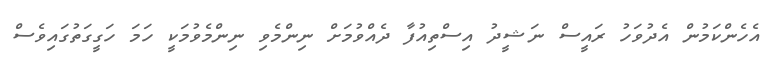
އެހެންކަމުން އެދުވަހު ރައީސް ނަޝީދު އިސްތިއުފާ ދެއްވުމަށް ނިންމެވި ނިންމެވުމަކީ ހަމަ ހަގީގަތުގައިވެސް